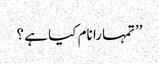
’’تمہارا نام کیا ہے ؟